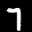
Label: 7